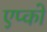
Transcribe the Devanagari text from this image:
एप्को